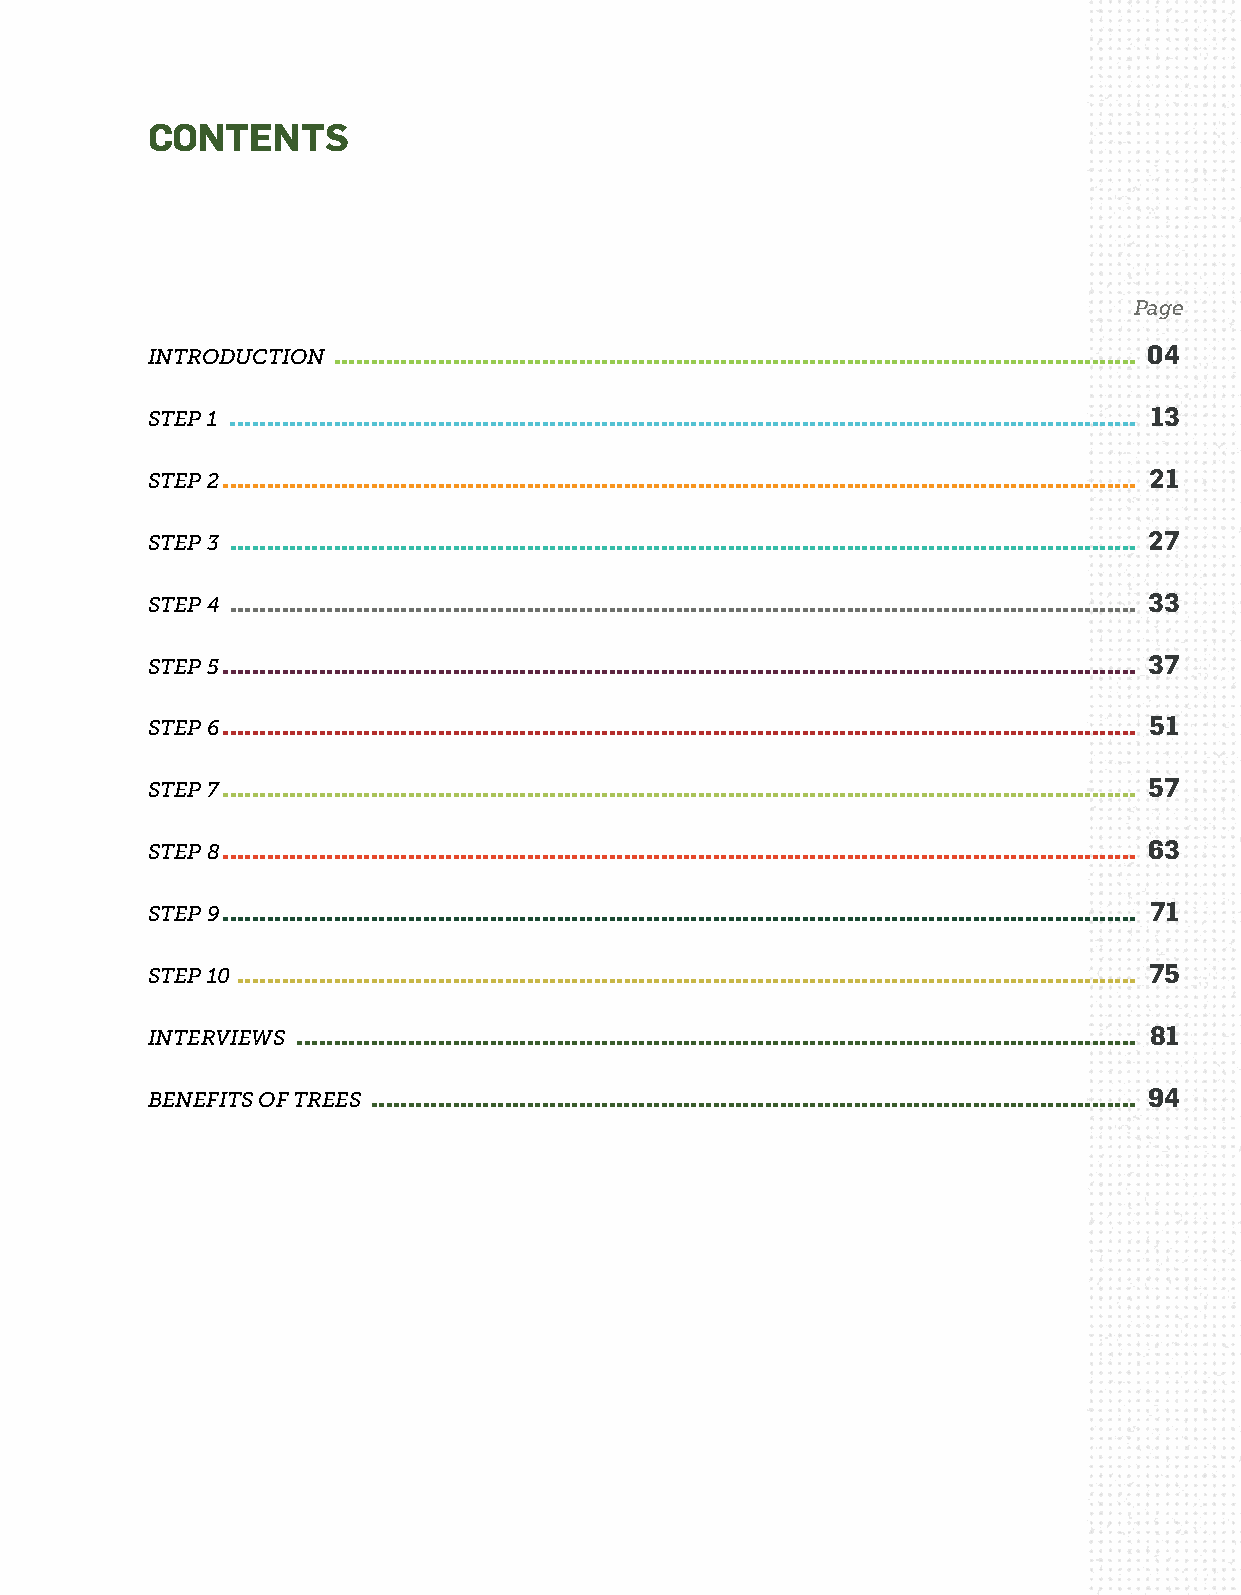
CONTENTS
 Page
 INTRODUCTION ............................................................................................................ 04
 STEP 1 .......................................................................................................................... 13
 STEP 2 ........................................................................................................................... 21
 STEP 3 .......................................................................................................................... 27
 STEP 4 .......................................................................................................................... 33
 STEP 5 ........................................................................................................................... 37
 STEP 6 ........................................................................................................................... 51
 STEP 7 ........................................................................................................................... 57
 STEP 8 ........................................................................................................................... 63
 STEP 9 ........................................................................................................................... 71
 STEP 10 ......................................................................................................................... 75
 INTERVIEWS ................................................................................................................. 81
 BENEFITS OF TREES ....................................................................................................... 94